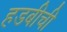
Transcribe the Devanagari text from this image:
हडबीची